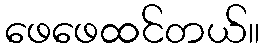
ဖေဖေထင်တယ်။